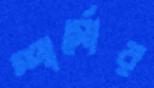
স্পার্সোর